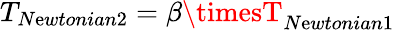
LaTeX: T_{N\mathrm{e}wtonian2}=\beta\timesT_{N\mathrm{e}wtonian1}